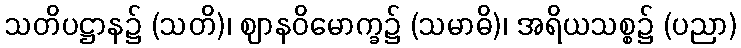
သတိပဋ္ဌာန၌ (သတိ)၊ ဈာနဝိမောက္ခ၌ (သမာဓိ)၊ အရိယသစ္စ၌ (ပညာ)